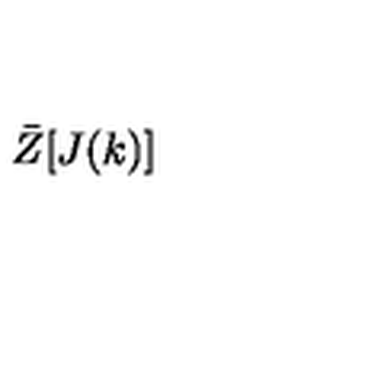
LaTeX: \bar { Z } [ J ( k ) ]